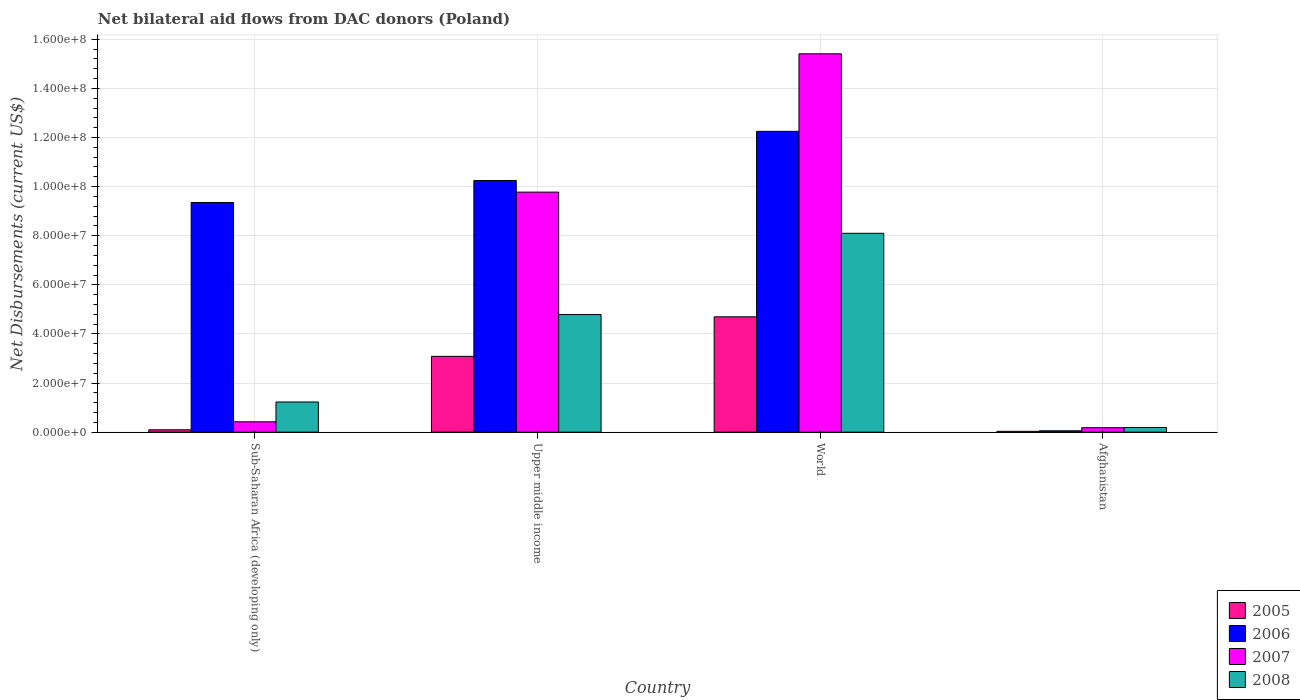
| Country | 2005 | 2006 | 2007 | 2008 |
 | --- | --- | --- | --- | --- |
 | Sub-Saharan Africa (developing only) | 9.6e+05 | 9.35e+07 | 4.22e+06 | 1.23e+07 |
 | Upper middle income | 3.09e+07 | 1.02e+08 | 9.78e+07 | 4.79e+07 |
 | World | 4.7e+07 | 1.23e+08 | 1.54e+08 | 8.1e+07 |
 | Afghanistan | 3.3e+05 | 5.5e+05 | 1.81e+06 | 1.89e+06 |